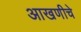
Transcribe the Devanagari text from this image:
आखणीचे